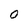
Character: O